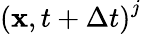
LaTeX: \left(\textbf{x},t+\Delta t\right)^{j}